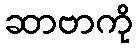
ဆာဗာကို